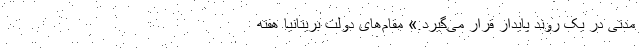
مدتی در یک روند پایدار قرار می‌گیرد.» مقام‌های دولت بریتانیا هفته